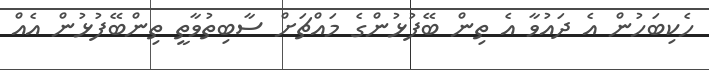
ހެކިބަހުން އެ ދައުވާ އެ ތިން ބޭފުޅުންގެ މައްޗަށް ސާބިތުވާތީ ތިންބޭފުޅުން އެއް